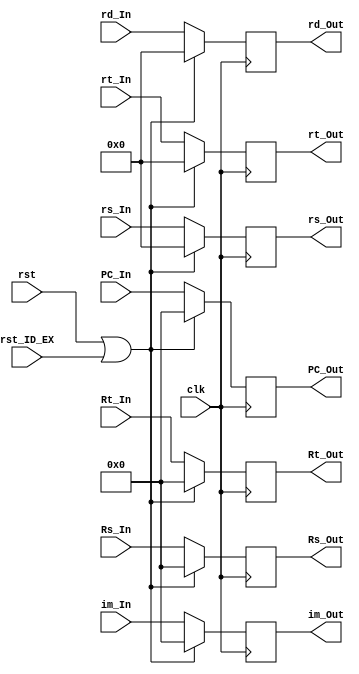
module ID_EX_Register(
 output reg [31:0] PC_Out,
 output reg [31:0] Rs_Out,
 output reg [31:0] Rt_Out,
 output reg [31:0] im_Out,
 output reg [4:0] rt_Out,
 output reg [4:0] rd_Out,
 output reg [4:0] rs_Out,
 input clk,
 input rst,
 input [31:0] PC_In,
 input [31:0] Rs_In,
 input [31:0] Rt_In,
 input [31:0] im_In,
 input [4:0] rt_In,
 input [4:0] rd_In,
 input [4:0] rs_In,
 input rst_ID_EX
);

always@(posedge clk) begin
if(rst==1 || rst_ID_EX==1) begin
 PC_Out <= 0;
 Rs_Out <= 0;
 Rt_Out <= 0;
 im_Out <= 0;
 rt_Out <= 0;
 rd_Out <= 0;
 rs_Out <= 0;
end

else begin
 PC_Out <= PC_In;
 Rs_Out <= Rs_In;
 Rt_Out <= Rt_In;
 im_Out <= im_In;
 rt_Out <= rt_In;
 rd_Out <= rd_In;
 rs_Out <= rs_In;
end

end
endmodule